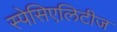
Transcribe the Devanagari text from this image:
स्पेसिएलिटीज